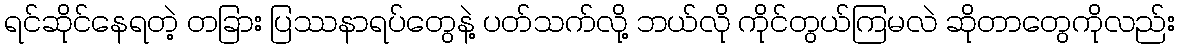
ရင်ဆိုင်နေရတဲ့ တခြား ပြဿနာရပ်တွေနဲ့ ပတ်သက်လို့ ဘယ်လို ကိုင်တွယ်ကြမလဲ ဆိုတာတွေကိုလည်း